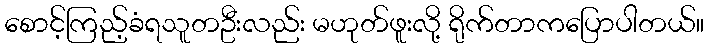
စောင့်ကြည့်ခံရသူတဦးလည်း မဟုတ်ဖူးလို့ ရိုက်တာကပြောပါတယ်။